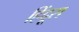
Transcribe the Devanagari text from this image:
हिंदूस